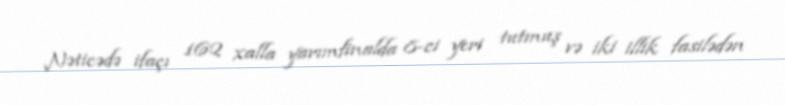
Nəticədə ifaçı 162 xalla yarımfinalda 8-ci yeri tutmuş və iki illik fasilədən